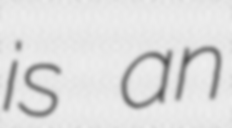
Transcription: is an